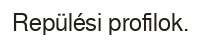
Repülési profilok.